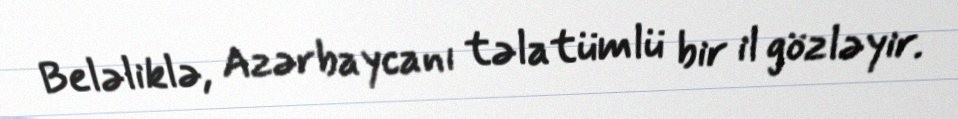
Beləliklə, Azərbaycanı təlatümlü bir il gözləyir.